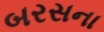
બરસના